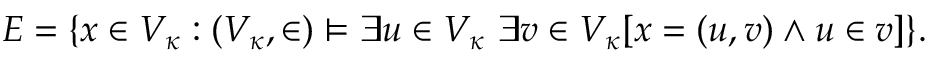
E = \{ x \in V _ { \kappa } : ( V _ { \kappa } , \in ) \models \exists u \in V _ { \kappa } \ \exists v \in V _ { \kappa } [ x = ( u , v ) \land u \in v ] \} .